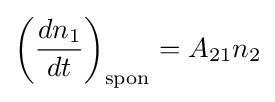
\left({\frac {dn_{1}}{dt}}\right)_{\mathrm {spon} }=A_{21}n_{2}